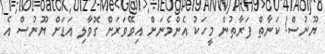
ޔޫނުސް! ކަނާތް ފަރާތުން މީހަކު އެންމެނަށް އިވޭވަރަށް ގޮވާލި އަޑަށް ޔޫނުސް އެ